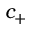
c _ { + }